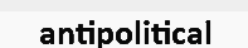
antipolitical